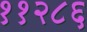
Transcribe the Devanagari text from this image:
११२८६